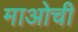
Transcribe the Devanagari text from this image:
माओची